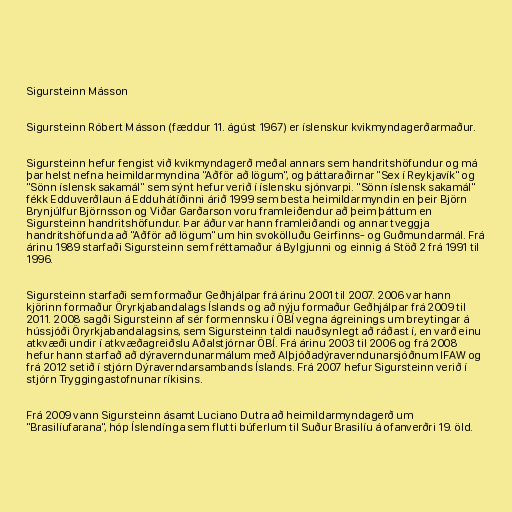
Sigursteinn Másson

Sigursteinn Róbert Másson (fæddur 11. ágúst 1967) er íslenskur kvikmyndagerðarmaður.

Sigursteinn hefur fengist við kvikmyndagerð meðal annars sem handritshöfundur og má
þar helst nefna heimildarmyndina "Aðför að lögum", og þáttaraðirnar "Sex í Reykjavík" og
"Sönn íslensk sakamál" sem sýnt hefur verið í íslensku sjónvarpi. "Sönn íslensk sakamál"
fékk Edduverðlaun á Edduhátíðinni árið 1999 sem besta heimildarmyndin en þeir Björn
Brynjúlfur Björnsson og Viðar Garðarson voru framleiðendur að þeim þáttum en
Sigursteinn handritshöfundur. Þar áður var hann framleiðandi og annar tveggja
handritshöfunda að "Aðför að lögum" um hin svokölluðu Geirfinns- og Guðmundarmál. Frá
árinu 1989 starfaði Sigursteinn sem fréttamaður á Bylgjunni og einnig á Stöð 2 frá 1991 til
1996.

Sigursteinn starfaði sem formaður Geðhjálpar frá árinu 2001 til 2007. 2006 var hann
kjörinn formaður Öryrkjabandalags Íslands og að nýju formaður Geðhjálpar frá 2009 til
2011. 2008 sagði Sigursteinn af sér formennsku í ÖBÍ vegna ágreinings um breytingar á
hússjóði Öryrkjabandalagsins, sem Sigursteinn taldi nauðsynlegt að ráðast í, en varð einu
atkvæði undir í atkvæðagreiðslu Aðalstjórnar ÖBÍ. Frá árinu 2003 til 2006 og frá 2008
hefur hann starfað að dýraverndunarmálum með Alþjóðadýraverndunarsjóðnum IFAW og
frá 2012 setið í stjórn Dýraverndarsambands Íslands. Frá 2007 hefur Sigursteinn verið í
stjórn Tryggingastofnunar ríkisins.

Frá 2009 vann Sigursteinn ásamt Luciano Dutra að heimildarmyndagerð um
"Brasilíufarana", hóp Íslendínga sem flutti búferlum til Suður Brasilíu á ofanverðri 19. öld.